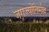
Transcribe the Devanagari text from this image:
जगज्योतिर्मल्ल